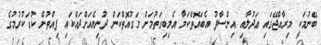
ބޭނުމަކީ މިރާއްޖޭގައި ޢަދުލާއި އިންސާފު އެބައޮތްކަމާ އެލިބިގަތުމަށް މަގުއޮތްކަން ދުނިޔެއަށްދައްކައި ފިއްތުން ކުޑަކުރުމުގެ